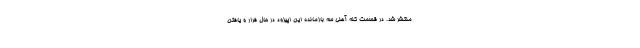
منتشر شد. در قسمت کله آهنی سه بازمانده این اپیزود در حال فرار و یافتن